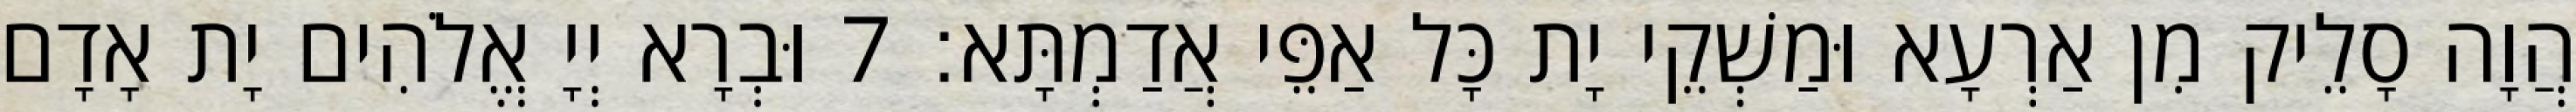
הֲוָה סָלֵיק מִן אַרְעָא וּמַשְׁקֵי יָת כָּל אַפֵּי אֲדַמְתָּא׃ 7 וּבְרָא יְיָ אֱלֹהִים יָת אָדָם